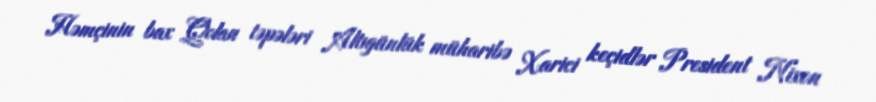
Həmçinin bax Qolan təpələri Altıgünlük müharibə Xarici keçidlər President Nixon